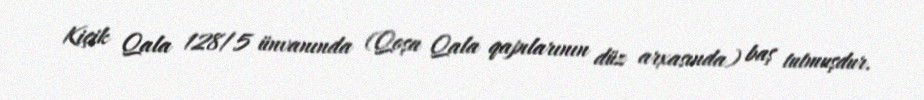
Kiçik Qala 128/5 ünvanında (Qoşa Qala qapılarının düz arxasında) baş tutmuşdur.